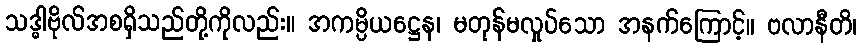
သဒ္ဓါဗိုလ်အစရှိသည်တို့ကိုလည်း။ အကမ္ပိယဋ္ဌေန၊ မတုန်မလှုပ်သော အနက်ကြောင့်။ ဗလာနီတိ၊